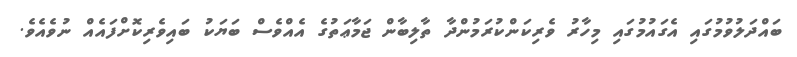
ބައްދަލުވުމުގައި އެގައުމުގައި މިހާރު ވެރިކަންކުރަމުންދާ ތާލިބާން ޖަމާޢަތުގެ އެއްވެސް ބަޔަކު ބައިވެރިކޮށްފައެއް ނުވެއެވެ.